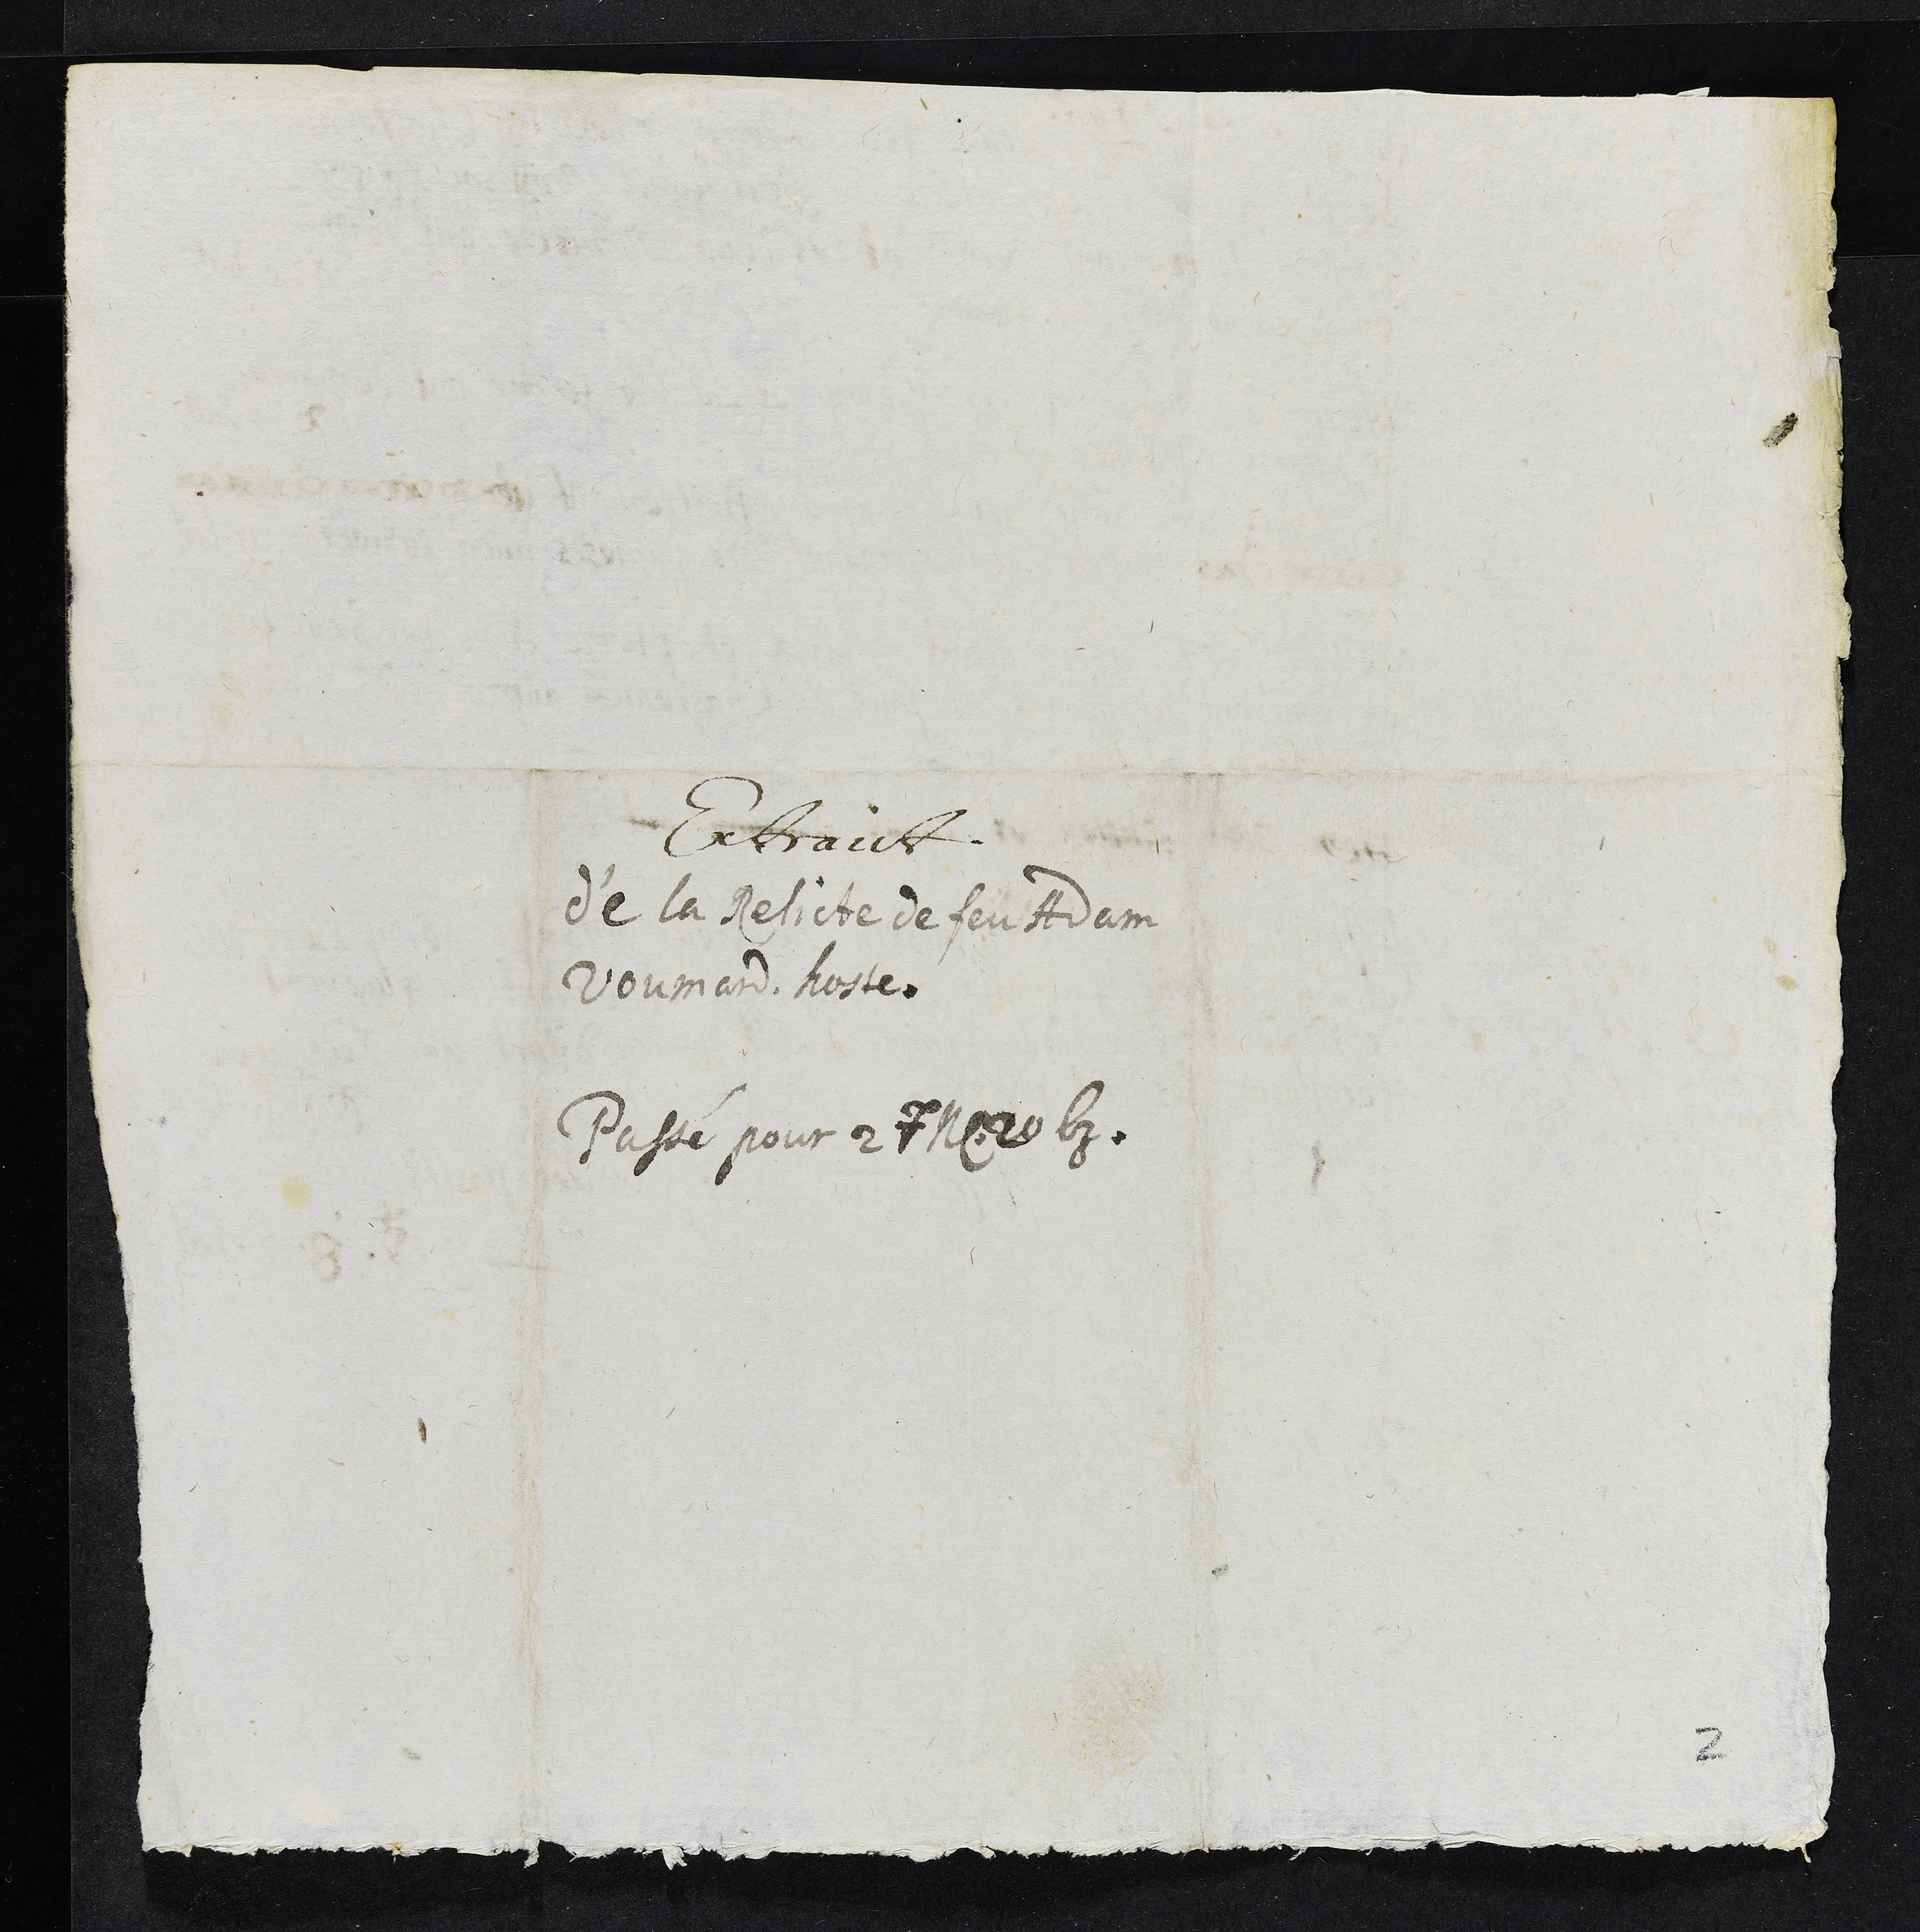
Extraict
de la Relicte de feu Adam
Voumard hoste
Passé pour 27 N 20 bz
2